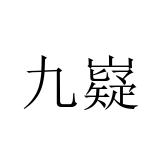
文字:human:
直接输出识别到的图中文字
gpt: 九嶷